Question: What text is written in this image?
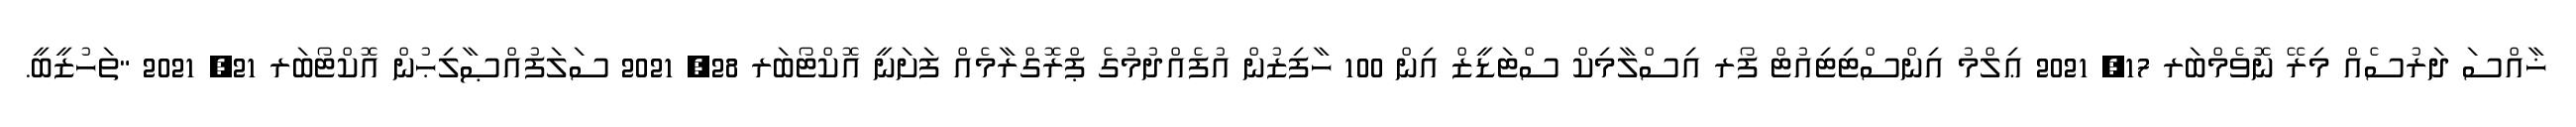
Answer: ޚާއްސަ ދަރުސެއް މިރޭ ނޮވެމްބަރ 17, 2021 ޢިލްމު އިންސްޓިޓިއުޓް ފޯރ އިސްލާމިކް ސްޓަޑީޒް އިން 100 ހާފިޒުން އުފެއްދުމުގެ ޕްރޮގްރާމެއް ފަށަނީ އޮކްޓޯބަރ 28, 2021 ސަލަފުއްޞާލިޙުން އޮކްޓޯބަރ 21, 2021 "ތަހުޒީބީ.